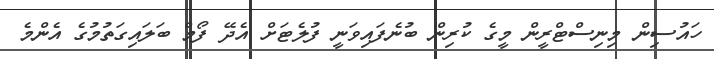
ހައުސިން މިނިސްޓްރީން މީގެ ކުރިން ބުނެފައިވަނީ ފުލެޓަށް އެދޭ ފޯމް ބަލައިގަތުމުގެ އެންމެ